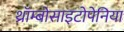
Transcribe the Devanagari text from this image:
थ्रॉम्बोसाइटोपेनिया